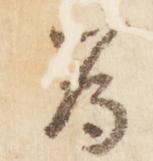
為